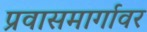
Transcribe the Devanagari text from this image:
प्रवासमार्गावर